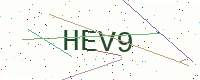
Text: HEV9